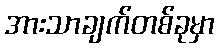
အားသာချက်တစ်ခုမှာ